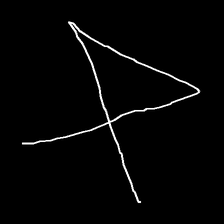
Glyph: collection